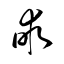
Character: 畞